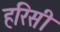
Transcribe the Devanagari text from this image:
हरिसी